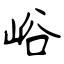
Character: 峪